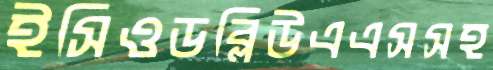
ইসিওডব্লিউএএসসহ